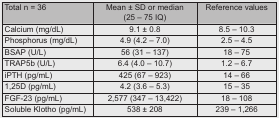
<table><thead><tr><td><b>Total n = 36</b></td><td><b>Mean ± SD or median (25 – 75 IQ)</b></td><td><b>Reference values</b></td></tr></thead><tbody><tr><td>Calcium (mg/dL)</td><td>9.1 ± 0.8</td><td>8.5 – 10.3</td></tr><tr><td>Phosphorus (mg/dL)</td><td>4.9 (4.2 – 7.0)</td><td>2.5 – 4.5</td></tr><tr><td>BSAP (U/L)</td><td>56 (31 – 137)</td><td>18 – 75</td></tr><tr><td>TRAP5b (U/L)</td><td>6.4 (4.0 – 10.7)</td><td>1.2 – 6.7</td></tr><tr><td>iPTH (pg/mL)</td><td>425 (67 – 923)</td><td>14 – 66</td></tr><tr><td>1,25D (pg/mL)</td><td>4.2 (3.6 – 5.3)</td><td>15 – 35</td></tr><tr><td>FGF-23 (pg/mL)</td><td>2,577 (347 – 13,422)</td><td>18 – 108</td></tr><tr><td>Soluble Klotho (pg/mL)</td><td>538 ± 208</td><td>239 – 1,266</td></tr></tbody></table>